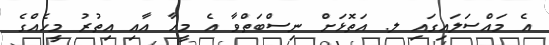
އެ މައްސަލައިގައި ލ. އަތޮޅަށް ނިސްބަތްވާ އެ މީހާ އާއި އިތުރު މީހެއްގެ